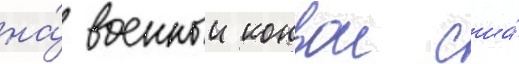
на́ военныи конвои сша́